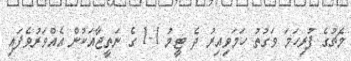
މެޗުގެ ފުރިހަމަ ވަގުތު ހަމަވިއިރު ދެ ޓީމު 1-1 ގެ ނަތީޖާއަކުން އެއްވަރުވެފައި